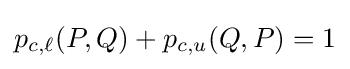
p_{c,\ell }(P,Q)+p_{c,u}(Q,P)=1